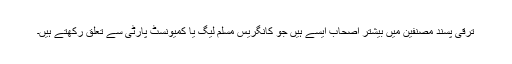
ترقی پسند مصنفین میں بیشتر اصحاب ایسے ہیں جو کانگریس مسلم لیگ یا کمیونسٹ پارٹی سے تعلق رکھتے ہیں۔